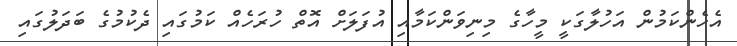
އެހެންކަމުން އަހުލާގަކީ މީހާގެ މިނިވަންކަމާއި އުފަލަށް އޮތް ހުރަހެއް ކަމުގައި ދެކުމުގެ ބަދަލުގައި